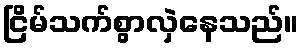
ငြိမ်သက်စွာလှဲနေသည်။